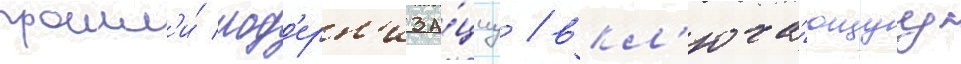
прошл'и́ мод'ерн'иза́циу / вкл'юча́ющуу